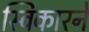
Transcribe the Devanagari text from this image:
स्विकारने